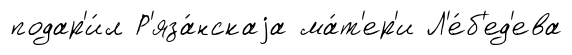
подар'и́л Р'яза́нскаjа ма́т'ер'и Л'е́б'ед'ева